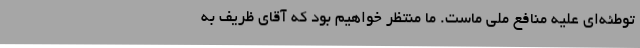
توطئه‌ای علیه منافع ملی ماست. ما منتظر خواهیم بود که آقای ظریف به